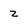
Character: z